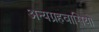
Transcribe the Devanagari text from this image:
अन्यग्रहवासियों